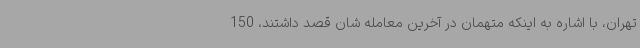
تهران، با اشاره به اینکه متهمان در آخرین معامله شان قصد داشتند، 150